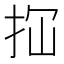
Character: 𢫏